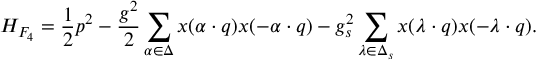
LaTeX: { \cal H } _ { F _ { 4 } } = { \frac { 1 } { 2 } } p ^ { 2 } - { \frac { g ^ { 2 } } { 2 } } \sum _ { \alpha \in \Delta } x ( \alpha \cdot q ) x ( - \alpha \cdot q ) - { g _ { s } ^ { 2 } } \sum _ { \lambda \in \Delta _ { s } } x ( \lambda \cdot q ) x ( - \lambda \cdot q ) .